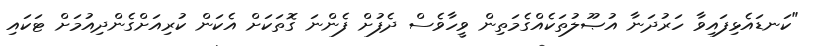
"ކަނޑައެޅިފައިވާ ހަރުދަނާ އުޞޫލުތަކެއްގެމަތިން ވީހާވެސް ދެފުށް ފެންނަ ގޮތަކަށް އެކަން ކުރިއަށްގެންދިއުމަށް ޓަކައި